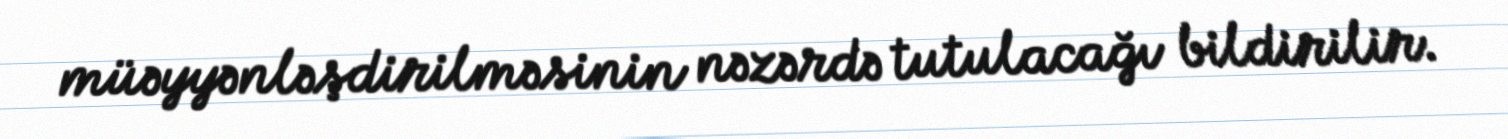
müəyyənləşdirilməsinin nəzərdə tutulacağı bildirilir.